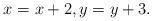
LaTeX: \begin{align*} x_{} = x+ 2, y_{} = y+3.\end{align*}